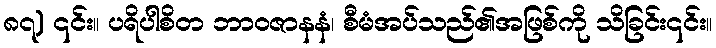
၈၇) ၎င်း။ ပရိပါစိတ ဘာဝဇာနနံ၊ စီမံအပ်သည်၏အဖြစ်ကို သိခြင်း၎င်း။